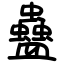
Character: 蠱